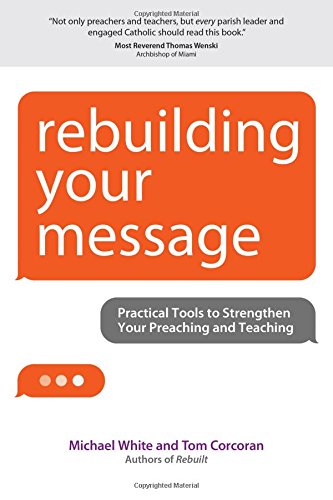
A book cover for Rebuilding Your Message: Practical Tools to Strengthen Your Preaching and Teaching (Rebuilt Parish Book); Michael White; Christian Books & Bibles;